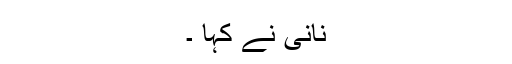
نانی نے کہا ۔